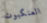
العنكبوت